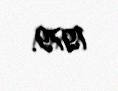
1979.